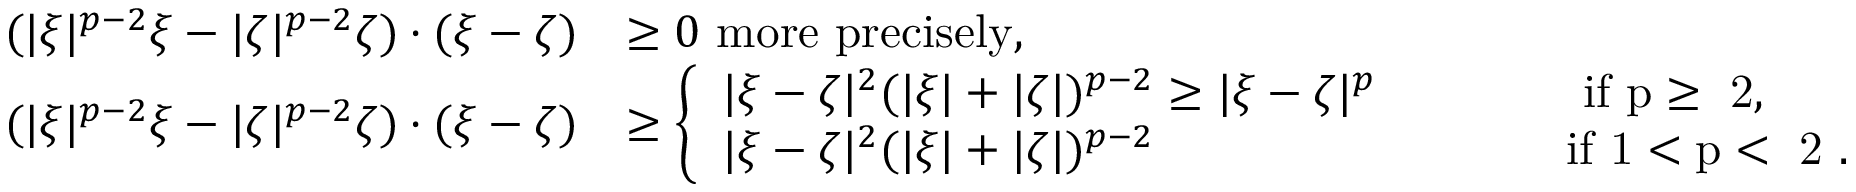
\begin{array} { r l } { ( | \xi | ^ { p - 2 } \xi - | \zeta | ^ { p - 2 } \zeta ) \cdot ( \xi - \zeta ) } & { \ge 0 \mathrm { ~ m o r e ~ p r e c i s e l y , } } \\ { ( | \xi | ^ { p - 2 } \xi - | \zeta | ^ { p - 2 } \zeta ) \cdot ( \xi - \zeta ) } & { \ge \left\{ \begin{array} { l l } { | \xi - \zeta | ^ { 2 } ( | \xi | + | \zeta | ) ^ { p - 2 } \ge | \xi - \zeta | ^ { p } \qquad \qquad \mathrm { ~ i f ~ p \ge ~ 2 , ~ } } \\ { | \xi - \zeta | ^ { 2 } ( | \xi | + | \zeta | ) ^ { p - 2 } \; \; \; \; \; \; \; \; \; \; \; \; \; \; \; \; \; \; \; \; \; \; \; \; \; \; \; \; \; \; \mathrm { ~ i f ~ 1 < p < ~ 2 ~ } . } \end{array} \right. } \end{array}